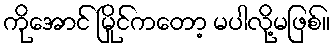
ကိုအောင် မြိုင်ကတော့ မပါလို့မဖြစ်။